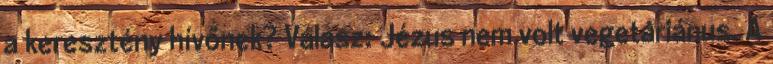
a keresztény hívőnek? Válasz: Jézus nem volt vegetáriánus. A